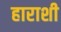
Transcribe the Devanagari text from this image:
हाराशी